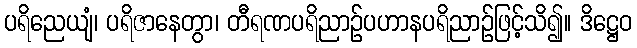
ပရိညေယျံ၊ ပရိဇာနေတွာ၊ တီရဏပရိညာဉ်ပဟာနပရိညာဉ်ဖြင့်သိ၍။ ဒိဋ္ဌေဝ